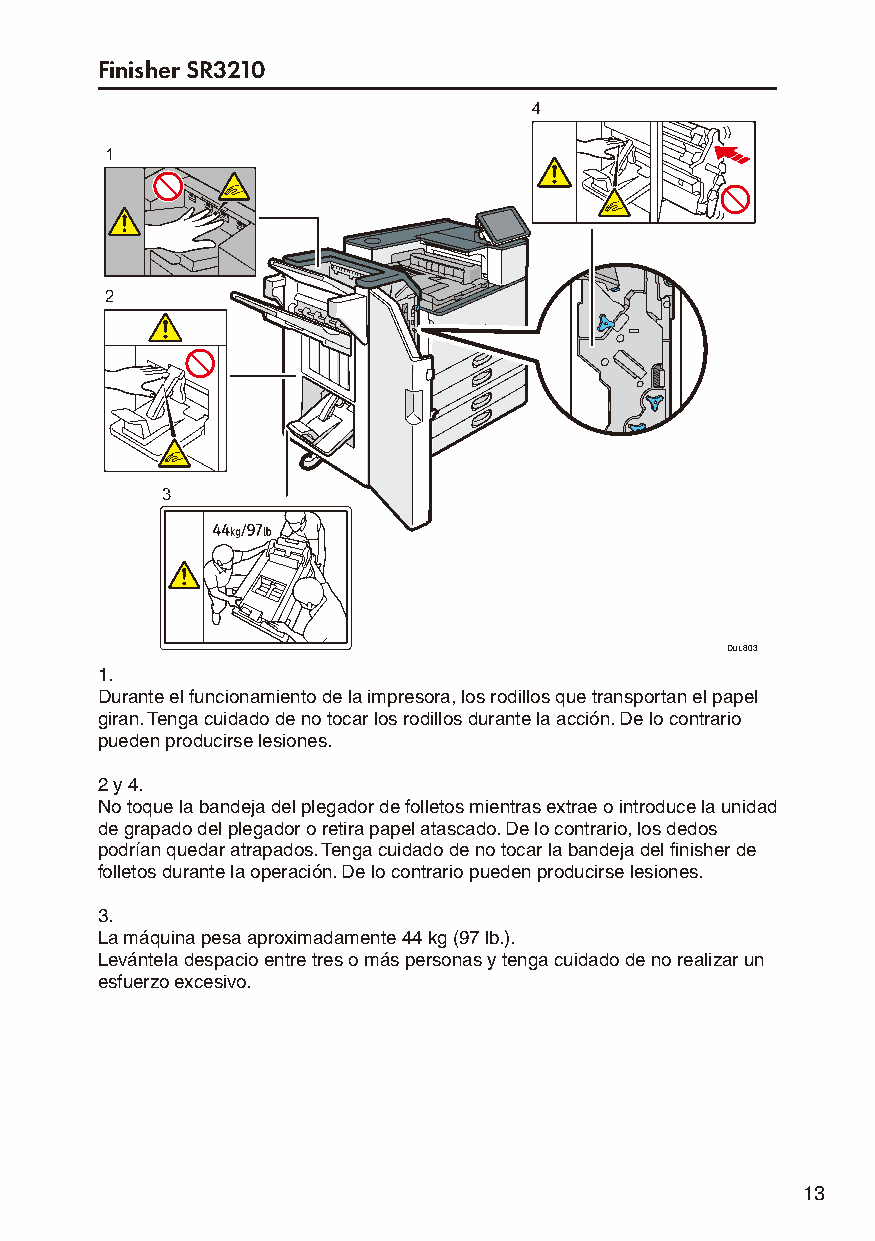
Finisher SR3210
 4
 1
 2
 3
 DUL803
 1.
 Durante el funcionamiento de la impresora, los rodillos que transportan el papel
 giran. Tenga cuidado de no tocar los rodillos durante la acción. De lo contrario
 pueden producirse lesiones.
 2 y 4.
 No toque la bandeja del plegador de folletos mientras extrae o introduce la unidad
 de grapado del plegador o retira papel atascado. De lo contrario, los dedos
 podrían quedar atrapados. Tenga cuidado de no tocar la bandeja del finisher de
 folletos durante la operación. De lo contrario pueden producirse lesiones.
 3.
 La máquina pesa aproximadamente 44 kg (97 lb.).
 Levántela despacio entre tres o más personas y tenga cuidado de no realizar un
 esfuerzo excesivo.
 13